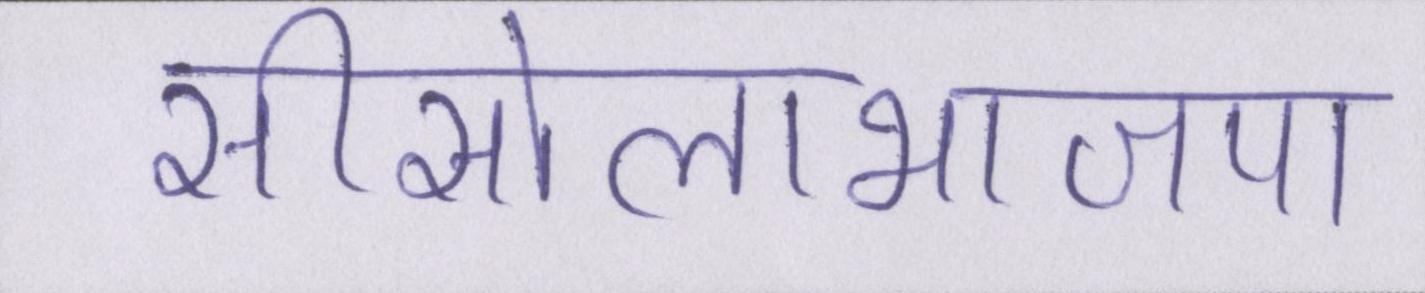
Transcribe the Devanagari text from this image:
सीसोलाभाजपा